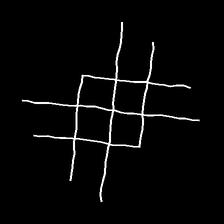
Glyph: crystal